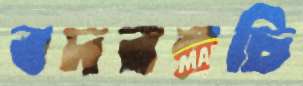
বদরম্নচি